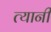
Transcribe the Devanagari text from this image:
त्‍यानी